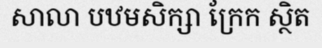
សាលា បឋមសិក្សា ក្រែក ស្ថិត